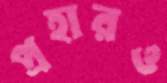
প্রহারও